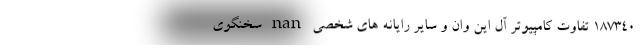
187340 تفاوت کامپیوتر آل این وان و سایر رایانه های شخصی nan سخنگوی